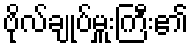
ဗိုလ်ချုပ်မှူးကြီး၏